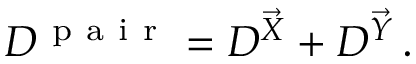
D ^ { \mathrm { ~ p ~ a ~ i ~ r ~ } } = D ^ { \vec { X } } + D ^ { \vec { Y } } \, .